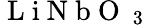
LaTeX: \mathrm{~L~i~N~b~O~}_{\mathrm{~3~}}